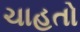
ચાહતો